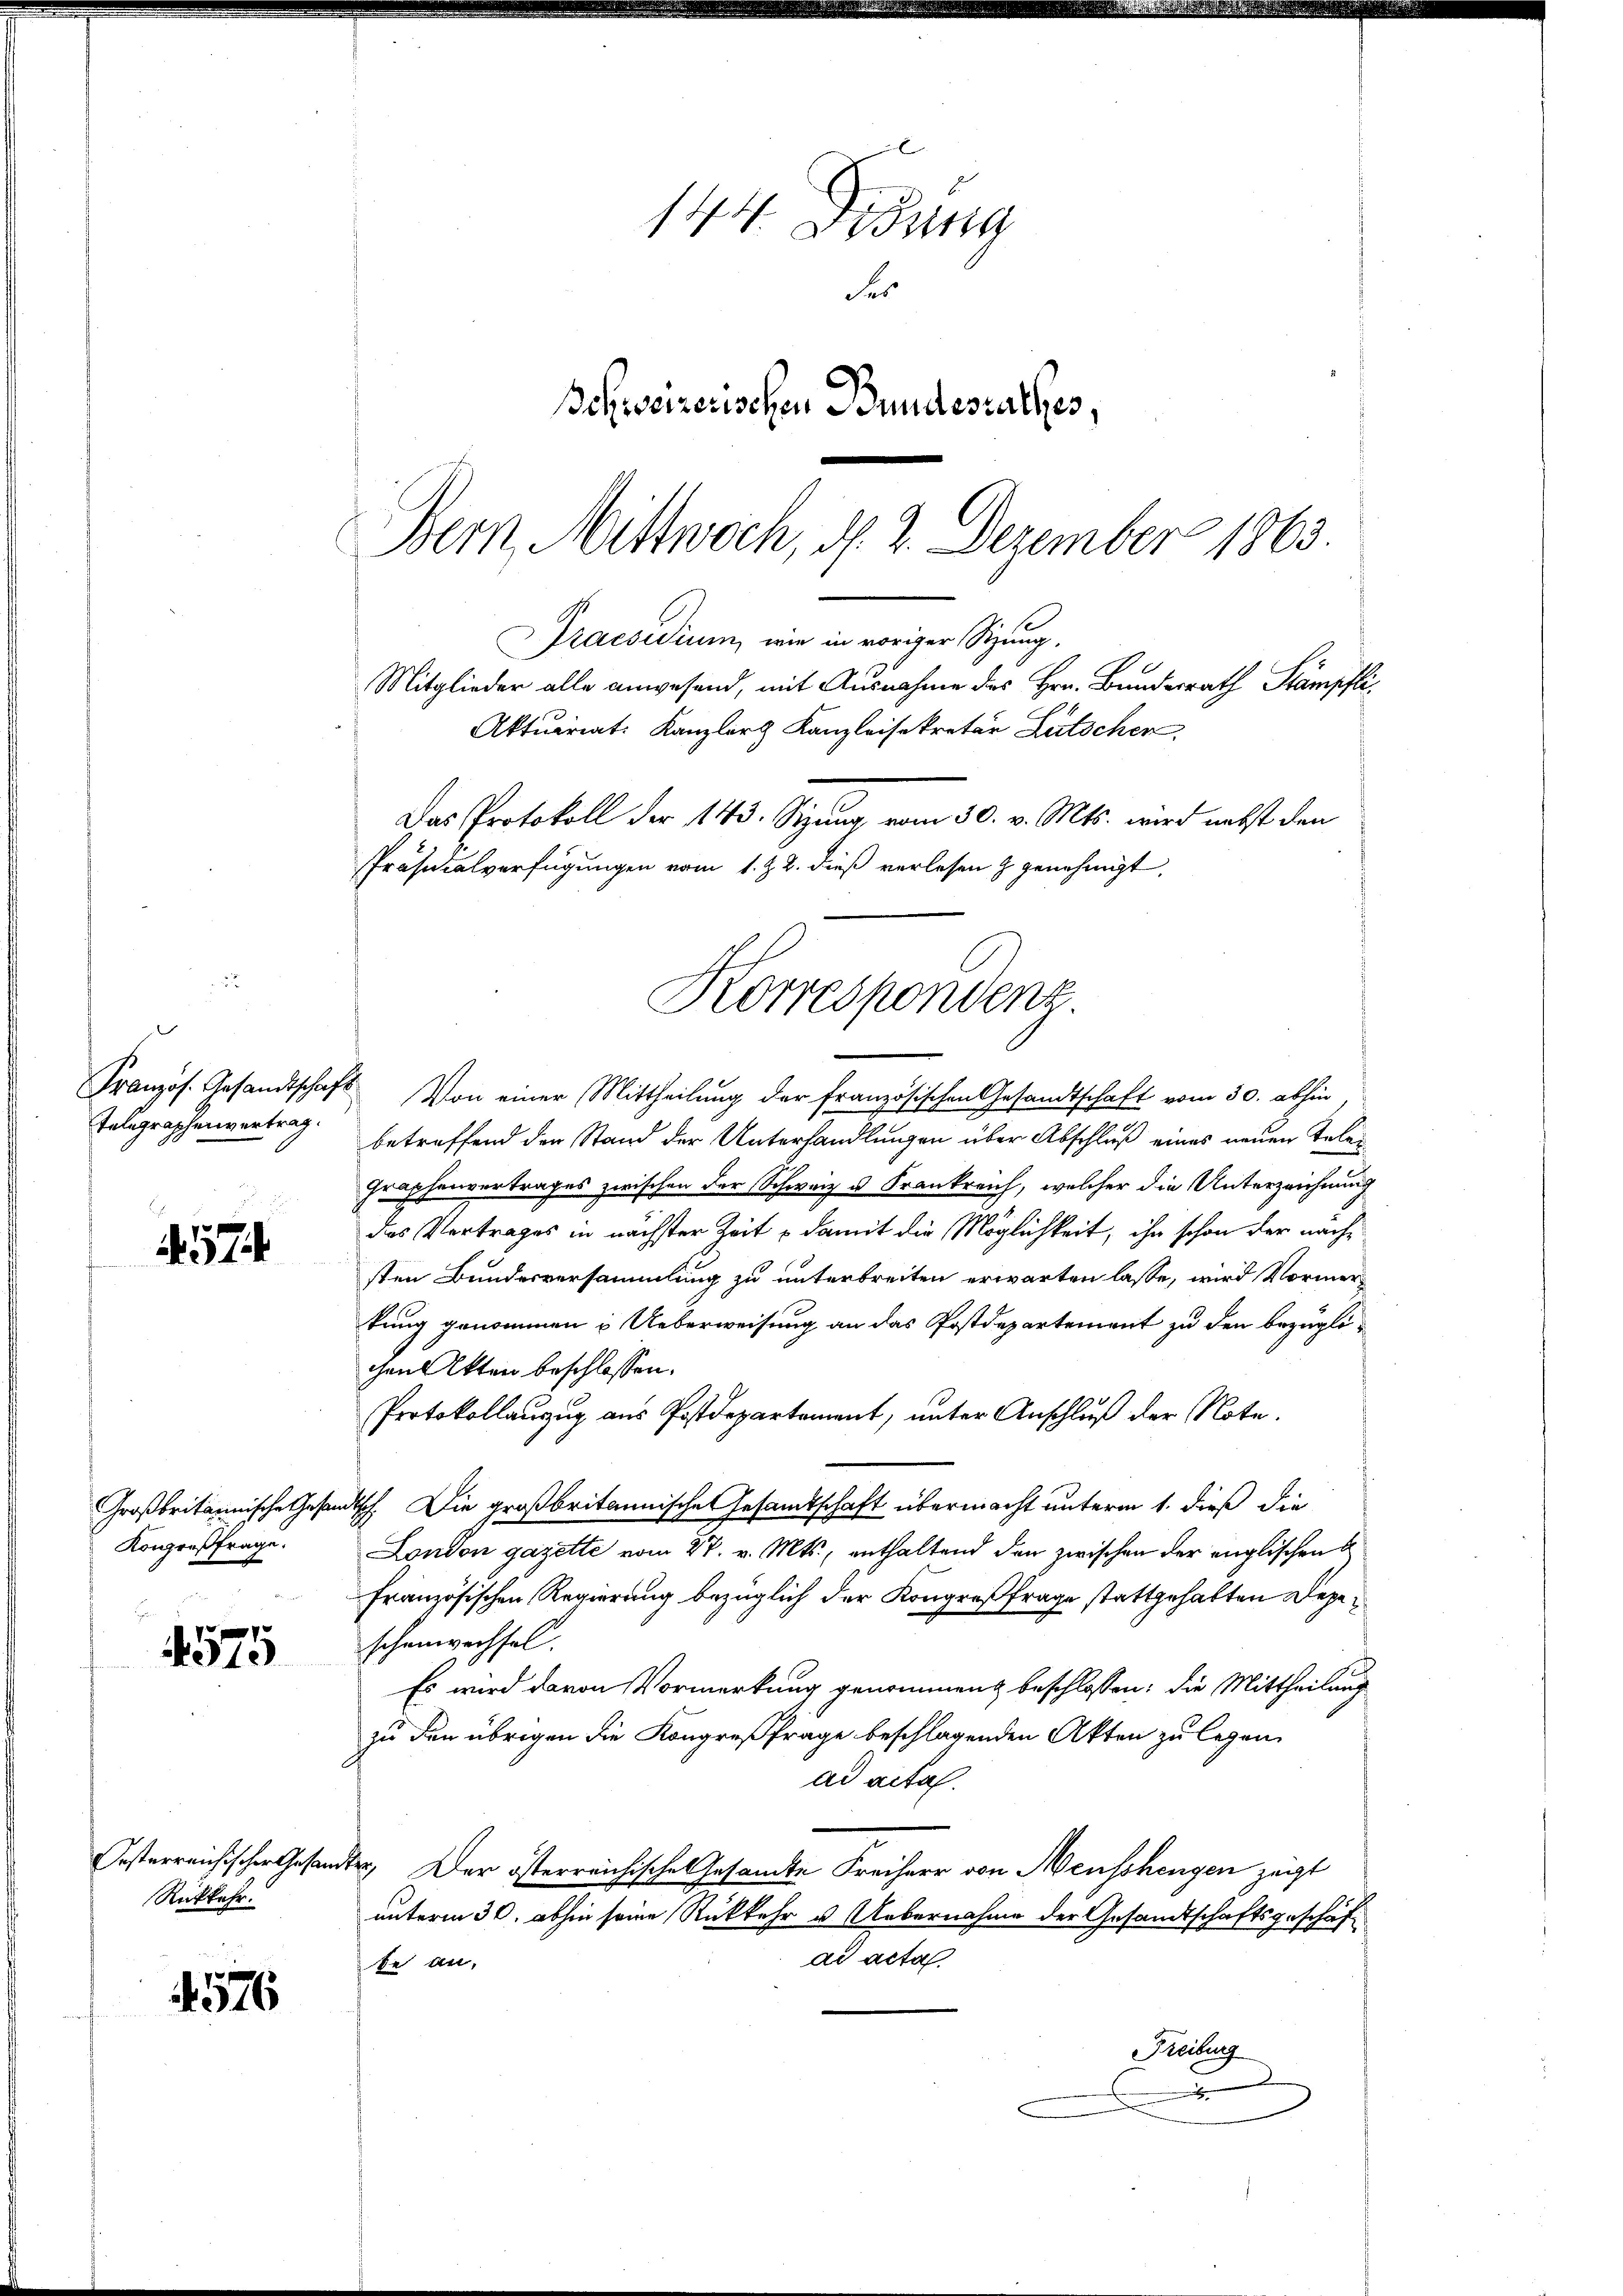
Französ. Gesandtschaft
Telegraphenvertrag.

574

Großbritannische Gese
Kongreßfrage.

4575

esterreichischer Gesand
Rückkehr.

576

144. Didung
Fer
Bohweizerischen Bundesrathes,
Bern Mittwoch, d. 2. Dezember 1863.

Praesidium, wie in voriger Sitzung.
Mitglieder alle anwesend, mit Ausnahme des Hrn. Bundesrath Stämpfli,
Aktuariat: Kanzler Kanzleisekretär Lütschen,
Das Protokoll der 143. Sizung vom 30. v. Mts. wird nebst den
Präsicalverfügungen vom 1. Z. 2. dieß verlesen z. genehmigt.
Korrespondenz

Von einer Mittheilung der französischen Gesandtschaft vom 30. abhin
betreffend der Stand der Unterhandlungen über Abschluß eines neuen Tele¬
Graphenvertrages zwischen der Schweiz u. Frankreich, welcher die Unterzeichnung
das Vertrages in nächster Zeit – damit die Möglichkeit, ihn schon der nachsten Bundesversammlung zu unterbreiten erwarten lasse, wird Vormerkung genommen u. Ueberweisung an das Postdepartement zu den bezüglichen Akten beschlossen:
Protokollauzug aus Postdepartement, unter Anschluß der Note.
disch. Die großbritannischen Gesamtschaft übermacht unterm 1. dieß die
London gazette vom 27. v. Mts., enthaltend den zwischen der englischen
französischen Regierung bezüglich der Kongreßfrage stattgehabten Depeschenwechsel.
Es wird davon Vormerkung genommen beschlossen: die Mittheilung
zu den übrigen die Kongreßfrage beschlagenden Akten zu legen
ad acta.
T. Der österreichische Gesandte Freiherr von Neusshengen zeigt
unterm 30. abhin seine Rückkehr u. Uebernahme der Gesandtschaftsgeschäf
dd acta
te an,
Freiburg